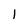
Character: l